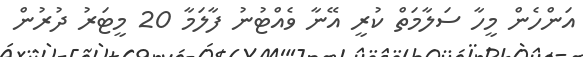
އަންހެން މީހާ ސަލާމަތް ކުރީ އޭނާ ވެއްޓުނު ފާލަމާ 20 މީޓަރު ދުރުން